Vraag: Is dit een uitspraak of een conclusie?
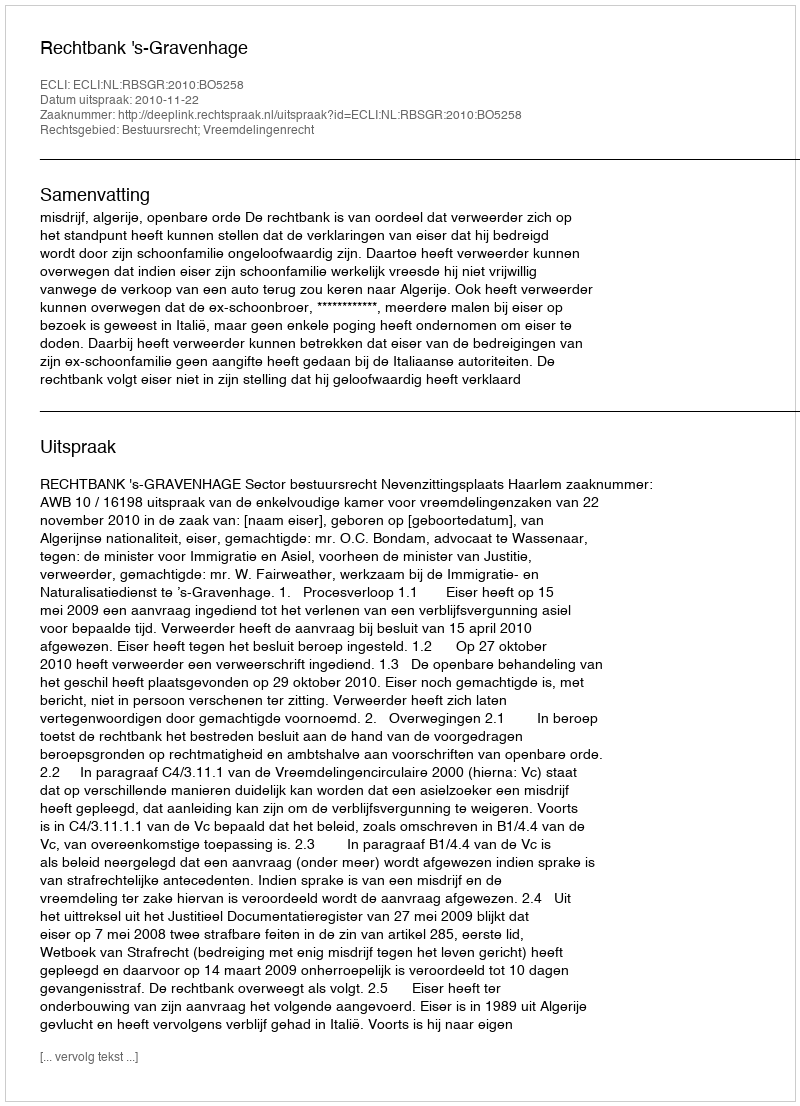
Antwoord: Uitspraak